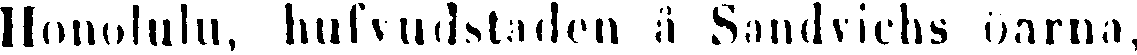
Honululu, hufvudstaden å Sandvichs öarna,